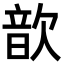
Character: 歆